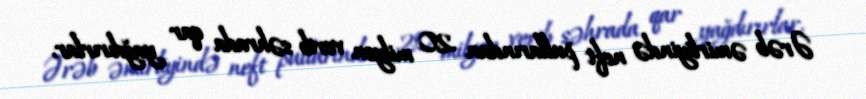
Ərəb əmirliyində neft pullarından 20 milyon verib səhrada qar yağdırırlar,